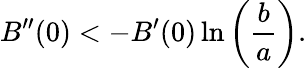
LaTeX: B^{\prime\prime}(0)<-B^{\prime}(0)\ln\left(\frac{b}{a}\right).